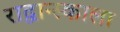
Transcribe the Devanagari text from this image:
राद्वान्स्काला